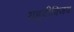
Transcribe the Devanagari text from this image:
यहूदीविजय